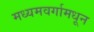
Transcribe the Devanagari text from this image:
मध्यमवर्गामधून